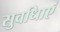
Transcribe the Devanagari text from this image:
सुवधिाएं